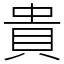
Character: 貴